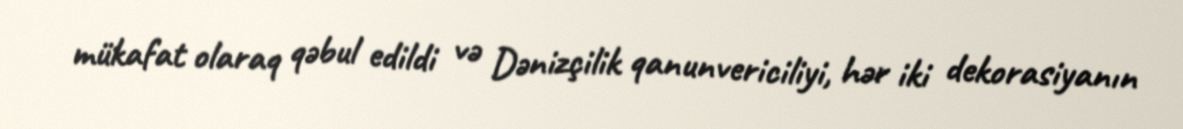
mükafat olaraq qəbul edildi və Dənizçilik qanunvericiliyi, hər iki dekorasiyanın